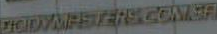
DIGDYMASTERS.COMER